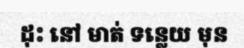
ដុះ នៅ មាត់ ទន្លេយ មុន